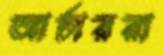
আর্চাররা